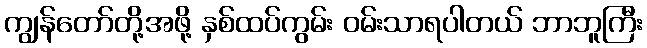
ကျွန်တော်တို့အဖို့ နှစ်ထပ်ကွမ်း ဝမ်းသာရပါတယ် ဘာဘူကြီး